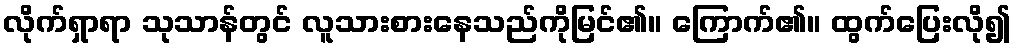
လိုက်ရှာရာ သုသာန်တွင် လူသားစားနေသည်ကိုမြင်၏။ ကြောက်၏။ ထွက်ပြေးလို၍